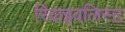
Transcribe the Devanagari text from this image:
रिवाइवलिस्ट